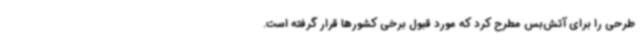
طرحی را برای آتش‌بس مطرح کرد که مورد قبول برخی کشورها قرار گرفته است.